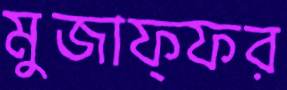
মুজাফ্ফর